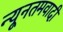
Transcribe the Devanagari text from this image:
न्यूनतमवादी